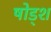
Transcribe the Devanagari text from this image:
षोड्श